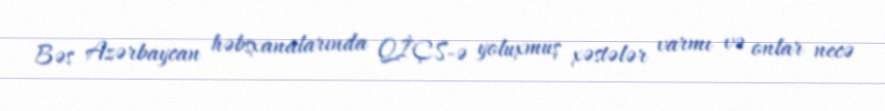
Bəs Azərbaycan həbsxanalarında QİÇS-ə yoluxmuş xəstələr varmı və onlar necə